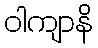
ဝါကျာနိ